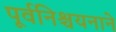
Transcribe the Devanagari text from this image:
पूर्वनिश्चयनाने